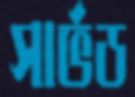
সার্ভড